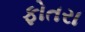
ફોતરા